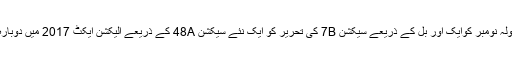
اس کے بعد سولہ نومبر کوایک اور بل کے ذریعے سیکشن 7B کی تحریر کو ایک نئے سیکشن 48A کے ذریعے الیکشن ایکٹ 2017 میں دوبارہ شامل کیا گیا۔